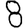
Digit: 8